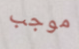
موجب